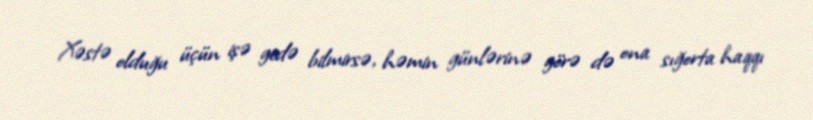
Xəstə olduğu üçün işə gedə bilmirsə, həmin günlərinə görə də ona sığorta haqqı